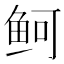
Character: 鲄